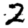
Digit: 2